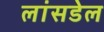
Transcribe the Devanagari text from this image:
लांसडेल